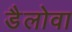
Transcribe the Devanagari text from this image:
डैलोवा